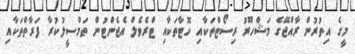
މީގެ އިތުރުން ރާއްޖޭގެ މަޝްހޫރު ރިސޯޓްތަކާއި ހޮޓާތަކާއި ޓްރެވެލް އެޖެންޓުން ތަމްސީލުކުރާ ފަރާތްތަކާއި